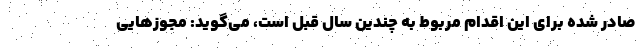
صادر شده برای این اقدام مربوط به چندین سال قبل است، می‌گوید: مجوزهایی